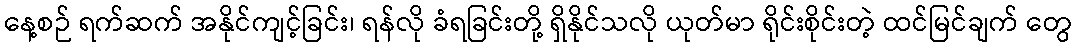
နေ့စဉ် ရက်ဆက် အနိုင်ကျင့်ခြင်း၊ ရန်လို ခံရခြင်းတို့ ရှိနိုင်သလို ယုတ်မာ ရိုင်းစိုင်းတဲ့ ထင်မြင်ချက် တွေ